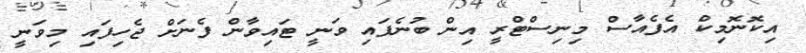
އިކޮނޮމިކް އެފެއާސް މިނިސްޓްރީ އިން ބުނެފައި ވަނީ ޓައިވާން ފެނަށް ޖެހިފައި މިވަނީ